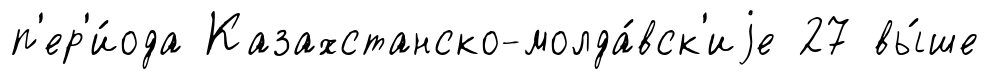
п'ер'и́ода Казахстанско-молда́вск'иjе 27 вы́ше